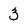
Character: 3